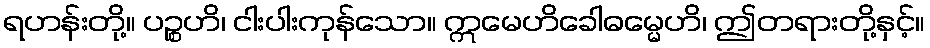
ရဟန်းတို့။ ပဉ္စဟိ၊ ငါးပါးကုန်သော။ ဣမေဟိခေါဓမ္မေဟိ၊ ဤတရားတို့နှင့်။